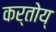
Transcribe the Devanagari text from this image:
कर्तोय्